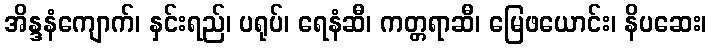
အိန္ဒနံကျောက်၊ နှင်းရည်၊ ပရုပ်၊ ရေနံဆီ၊ ကတ္တရာဆီ၊ မြေဖယောင်း၊ နိပဆေး၊